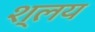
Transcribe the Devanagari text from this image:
श्लय